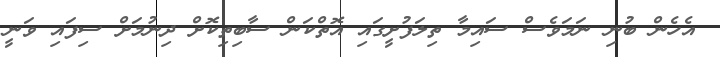
އެހެން ބުނި ނަމަވެސް ސައިމާ ތިލަފުށީގައި އޮތްކަން ސާބިތިކޮށް ދިނުމަށް ސިފައި ވަނީ